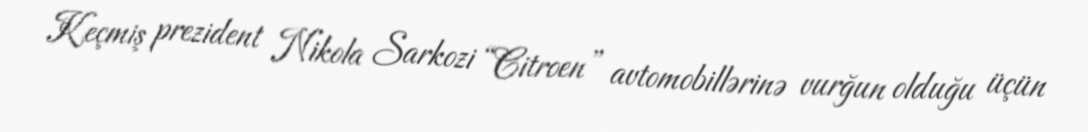
Keçmiş prezident Nikola Sarkozi “Citroen” avtomobillərinə vurğun olduğu üçün